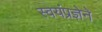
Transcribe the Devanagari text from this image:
स्वयंप्रज्ञेने